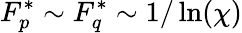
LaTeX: F_{p}^{*}\sim F_{q}^{*}\sim 1/\ln(\chi)